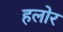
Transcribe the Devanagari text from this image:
हलोर